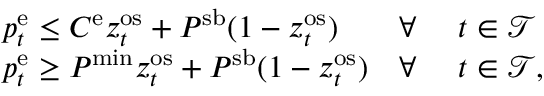
\begin{array} { r l r l } & { p _ { t } ^ { \mathrm { { e } } } \leq C ^ { \mathrm { e } } z _ { t } ^ { \mathrm { { o s } } } + P ^ { \mathrm { s b } } ( 1 - z _ { t } ^ { \mathrm { { o s } } } ) } & { \forall ~ } & { t \in \mathcal { T } } \\ & { p _ { t } ^ { \mathrm { e } } \geq P ^ { \mathrm { { m i n } } } z _ { t } ^ { \mathrm { o s } } + P ^ { \mathrm { { s b } } } ( 1 - z _ { t } ^ { \mathrm { o s } } ) } & { \forall ~ } & { t \in \mathcal { T } , } \end{array}